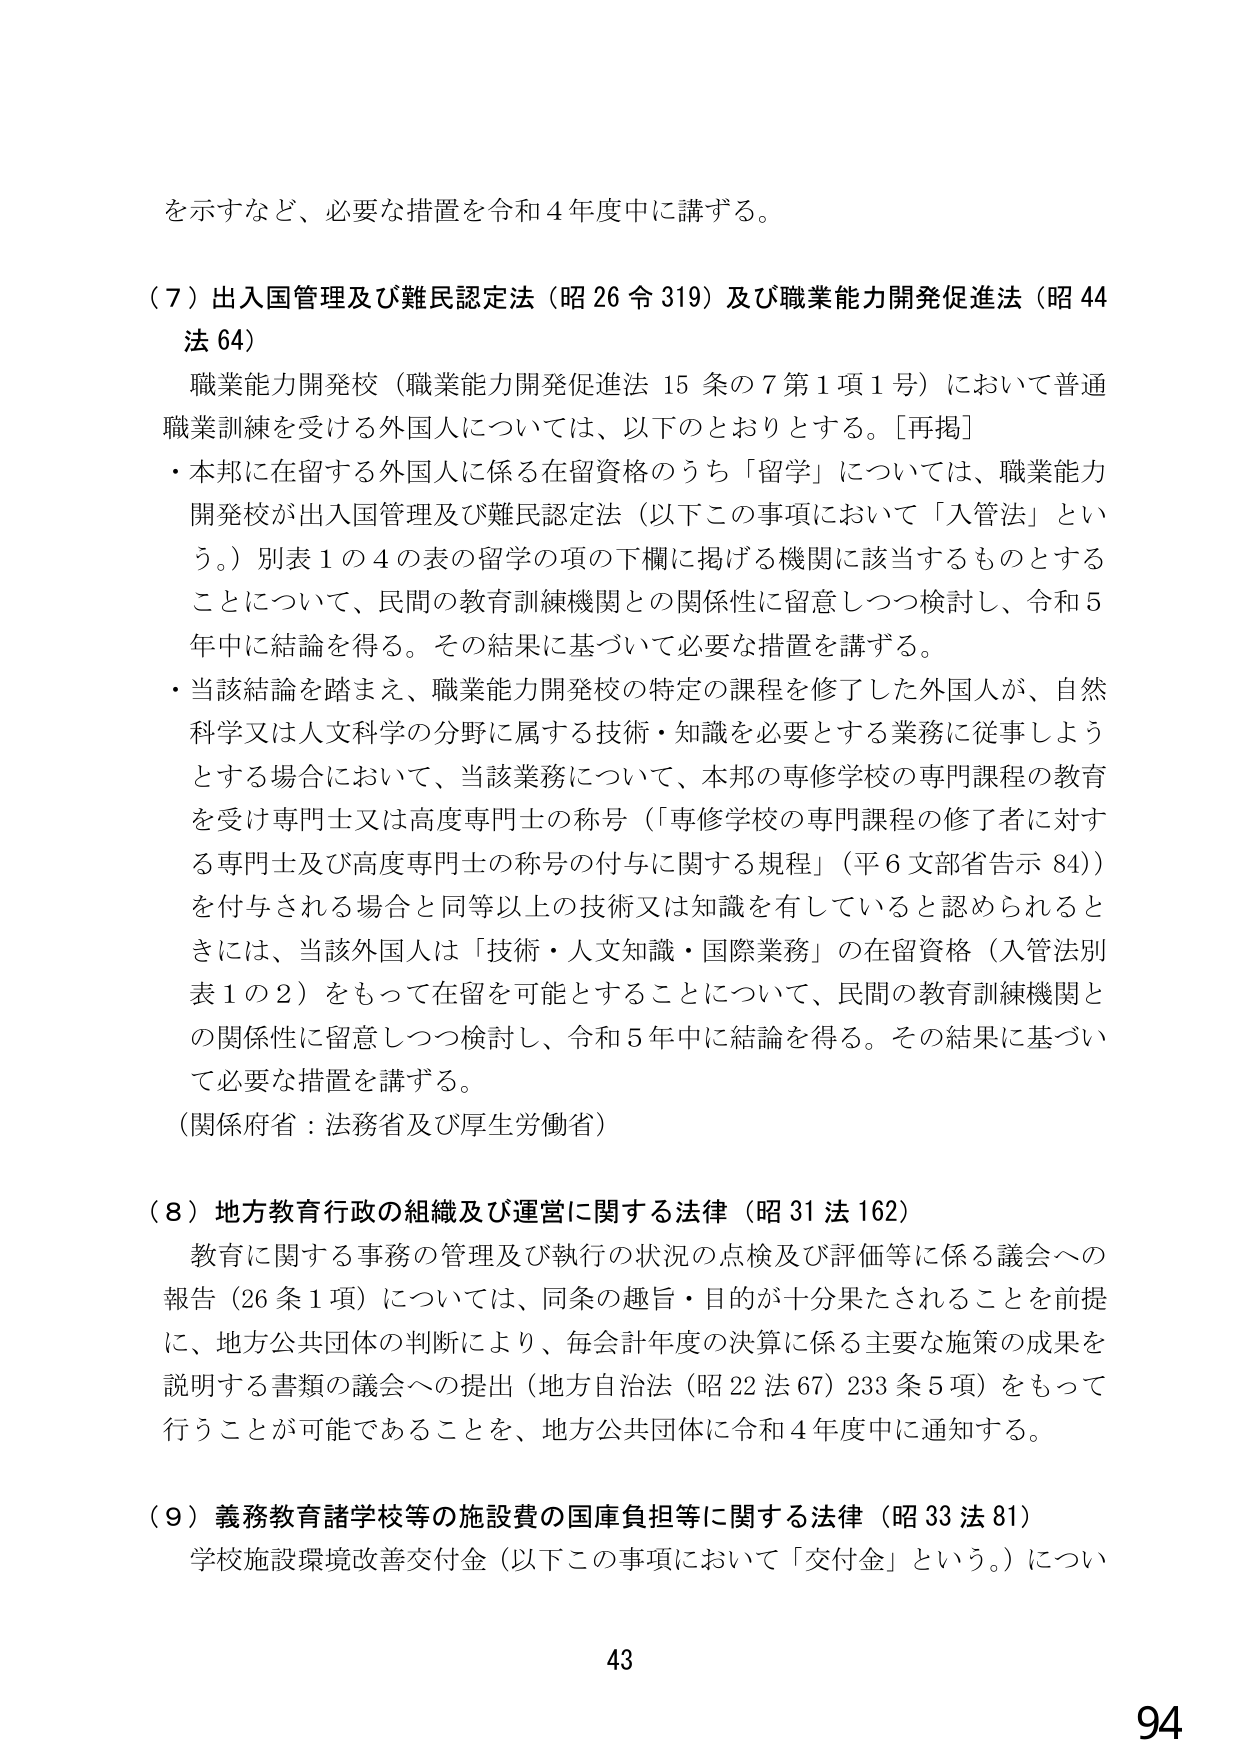
を示すなど、必要な措置を令和４年度中に講ずる。

（７）出入国管理及び難民認定法（昭26令319）及び職業能力開発促進法（昭44法64）

　職業能力開発校（職業能力開発促進法15条の7第1項1号）において普通職業訓練を受ける外国人については、以下のとおりとする。［再掲］

・本邦に在留する外国人に係る在留資格のうち「留学」については、職業能力開発校が出入国管理及び難民認定法（以下この事項において「入管法」という。）別表１の４の表の留学の項の下欄に掲げる機関に該当するものとすることについて、民間の教育訓練機関との関係性に留意しつつ検討し、令和５年中に結論を得る。その結果に基づいて必要な措置を講ずる。

・当該結論を踏まえ、職業能力開発校の特定の課程を修了した外国人が、自然科学又は人文科学の分野に属する技術・知識を必要とする業務に従事しようとする場合において、当該業務について、本邦の専修学校の専門課程の教育を受け専門士又は高度専門士の称号（「専修学校の専門課程の修了者に対する専門士及び高度専門士の称号の付与に関する規程」（平6文部省告示84））を付与される場合と同等以上の技術又は知識を有していると認められるときには、当該外国人は「技術・人文知識・国際業務」の在留資格（入管法別表１の２）をもって在留を可能とすることについて、民間の教育訓練機関との関係性に留意しつつ検討し、令和５年中に結論を得る。その結果に基づいて必要な措置を講ずる。

（関係府省：法務省及び厚生労働省）

（８）地方教育行政の組織及び運営に関する法律（昭31法162）

　教育に関する事務の管理及び執行の状況の点検及び評価等に係る議会への報告（26条1項）については、同条の趣旨・目的が十分果たされることを前提に、地方公共団体の判断により、毎会計年度の決算に係る主要な施策の成果を説明する書類の議会への提出（地方自治法（昭22法67）233条5項）をもって行うことが可能であることを、地方公共団体に令和４年度中に通知する。

（９）義務教育諸学校等の施設費の国庫負担等に関する法律（昭33法81）

　学校施設環境改善交付金（以下この事項において「交付金」という。）につい

43

94